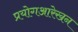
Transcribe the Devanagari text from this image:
प्रयोगआरेखन